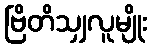
ဗြိတိသျှလူမျိုး